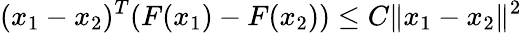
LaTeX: (x_{1}-x_{2})^{T}(F(x_{1})-F(x_{2}))\leq C\Vert x_{1}-x_{2}\Vert^{2}